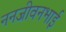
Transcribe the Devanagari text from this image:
ननजीवनभाई